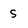
Character: S